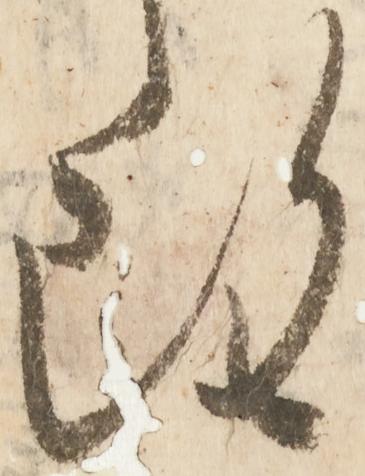
雖